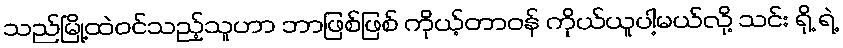
သည်မြို့ထဲဝင်သည့်သူဟာ ဘာဖြစ်ဖြစ် ကိုယ့်တာဝန် ကိုယ်ယူပါ့မယ်လို့ သင်း ရို့ ရဲ့